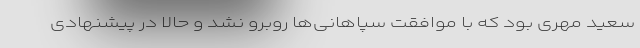
سعید مهری بود که با موافقت سپاهانی‌ها روبرو نشد و حالا در پیشنهادی